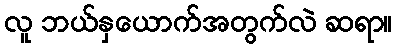
လူ ဘယ်နှယောက်အတွက်လဲ ဆရာ။